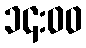
၁၄:၀၀